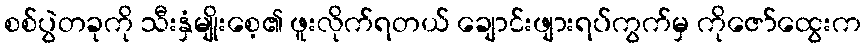
စစ်ပွဲတခုကို သီးနှံမျိုးစေ့၏ ဖူးလိုက်ရတယ် ချောင်းဖျားရပ်ကွက်မှ ကိုဇော်ထွေးက